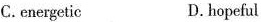
C.energetic D. hopeful